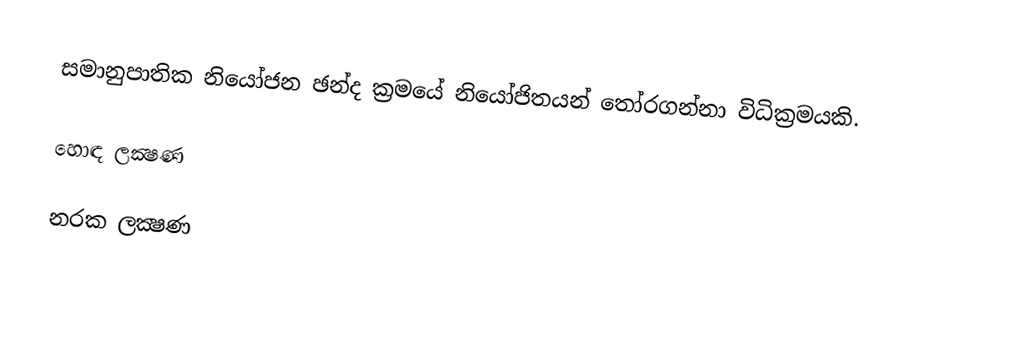
සමානුපාතික නියෝජන ඡන්ද ක්‍රමයේ නියෝජිතයන් තෝරගන්නා විධික්‍රමයකි.

හොඳ ලක්‍ෂණ

නරක ලක්‍ෂණ